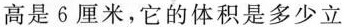
高是6厘米，它的体积是多少立